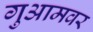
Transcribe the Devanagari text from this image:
गुआमवर